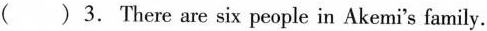
() 3. There are six people in Akemi's family.